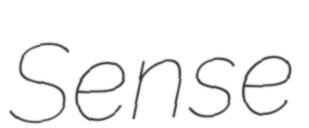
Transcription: Sense